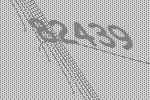
82439